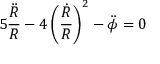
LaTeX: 5 \frac { \ddot { R } } { R } - 4 \left( \frac { \dot { R } } { R } \right) ^ { 2 } - \ddot { \phi } = 0